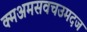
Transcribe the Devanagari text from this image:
क्मअमसवचउमदज